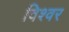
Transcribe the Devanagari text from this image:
विश्वर